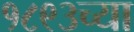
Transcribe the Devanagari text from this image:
१८९३च्या